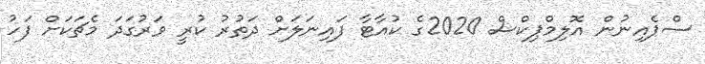
ސްޕެއިނުން އޮލިމްޕިކްސް 2020ގެ ކުއާޓާ ފައިނަލަށް ދަތުރު ކުރީ ވަރުގަދަ މެޗަކަށް ފަހު